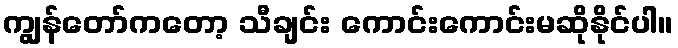
ကျွန်တော်ကတော့ သီချင်း ကောင်းကောင်းမဆိုနိုင်ပါ။